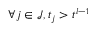
\forall j \in \mathcal { J } , t _ { j } > t ^ { l - 1 }